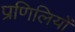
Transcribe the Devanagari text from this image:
प्रणिलियों